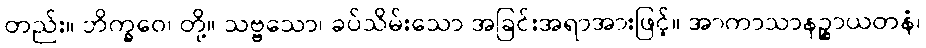
တည်း။ ဘိက္ခဝေ၊ တို့။ သဗ္ဗသော၊ ခပ်သိမ်းသော အခြင်းအရာအားဖြင့်။ အာကာသာနဉ္စာယတနံ၊